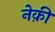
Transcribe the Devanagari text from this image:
नेक़ी